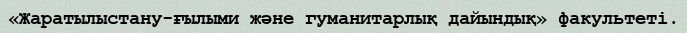
«Жаратылыстану-ғылыми және гуманитарлық дайындық» факультеті.